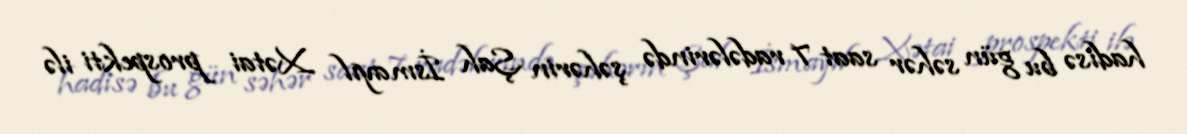
hadisə bu gün səhər saat 7 radələrində şəhərin Şah İsmayıl Xətai prospekti ilə